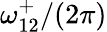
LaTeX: {\omega}_{12}^{+}/(2\pi)